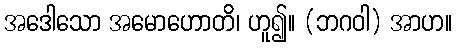
အဒေါသော အမောဟောတိ၊ ဟူ၍။ (ဘဂဝါ) အာဟ။